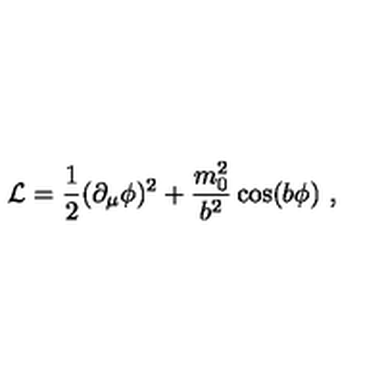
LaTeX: { \cal L } = { \frac { 1 } { 2 } } ( \partial _ { \mu } \phi ) ^ { 2 } + { \frac { m _ { 0 } ^ { 2 } } { b ^ { 2 } } } \cos ( b \phi ) \ ,